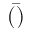
\bar { ( ) }